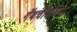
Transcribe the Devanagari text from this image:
गॅबचीकच्या